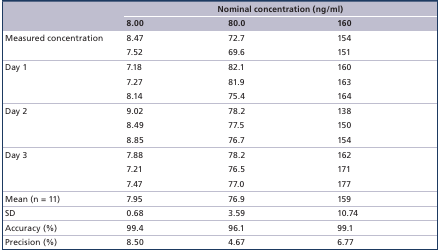
<table><thead><tr><td><b> </b></td><td colspan="3"><b>Nominal concentration (ng/ml)</b></td></tr><tr><td><b> </b></td><td><b>8.00</b></td><td><b>80.0</b></td><td><b>160</b></td></tr></thead><tbody><tr><td>Measured concentration</td><td>8.47</td><td>72.7</td><td>154</td></tr><tr><td> </td><td>7.52</td><td>69.6</td><td>151</td></tr><tr><td>Day 1</td><td>7.18</td><td>82.1</td><td>160</td></tr><tr><td> </td><td>7.27</td><td>81.9</td><td>163</td></tr><tr><td> </td><td>8.14</td><td>75.4</td><td>164</td></tr><tr><td>Day 2</td><td>9.02</td><td>78.2</td><td>138</td></tr><tr><td> </td><td>8.49</td><td>77.5</td><td>150</td></tr><tr><td> </td><td>8.85</td><td>76.7</td><td>154</td></tr><tr><td>Day 3</td><td>7.88</td><td>78.2</td><td>162</td></tr><tr><td> </td><td>7.21</td><td>76.5</td><td>171</td></tr><tr><td> </td><td>7.47</td><td>77.0</td><td>177</td></tr><tr><td>Mean (n = 11)</td><td>7.95</td><td>76.9</td><td>159</td></tr><tr><td>SD</td><td>0.68</td><td>3.59</td><td>10.74</td></tr><tr><td>Accuracy (%)</td><td>99.4</td><td>96.1</td><td>99.1</td></tr><tr><td>Precision (%)</td><td>8.50</td><td>4.67</td><td>6.77</td></tr></tbody></table>